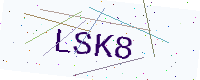
Text: LSK8